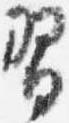
習